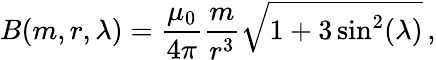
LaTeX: B(m,r,\lambda)={\frac{\mu_{0}}{4\pi}}{\frac{m}{r^{3}}}{\sqrt{1+3\sin^{2}(\lambda)}}\, ,